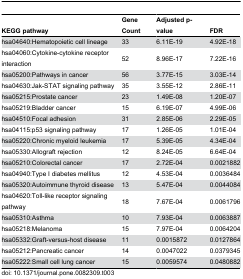
<table><thead><tr><td><b>KEGG pathway</b></td><td><b>Gene Count</b></td><td><b>Adjusted p-value</b></td><td><b>FDR</b></td></tr></thead><tbody><tr><td>hsa04640:Hematopoietic cell lineage</td><td>33</td><td>6.11E-19</td><td>4.92E-18</td></tr><tr><td>hsa04060:Cytokine-cytokine receptor interaction</td><td>52</td><td>8.96E-17</td><td>7.22E-16</td></tr><tr><td>hsa05200:Pathways in cancer</td><td>56</td><td>3.77E-15</td><td>3.03E-14</td></tr><tr><td>hsa04630:Jak-STAT signaling pathway</td><td>35</td><td>3.55E-12</td><td>2.86E-11</td></tr><tr><td>hsa05215:Prostate cancer</td><td>23</td><td>1.49E-08</td><td>1.20E-07</td></tr><tr><td>hsa05219:Bladder cancer</td><td>15</td><td>6.19E-07</td><td>4.99E-06</td></tr><tr><td>hsa04510:Focal adhesion</td><td>31</td><td>2.85E-06</td><td>2.29E-05</td></tr><tr><td>hsa04115:p53 signaling pathway</td><td>17</td><td>1.26E-05</td><td>1.01E-04</td></tr><tr><td>hsa05220:Chronic myeloid leukemia</td><td>17</td><td>5.39E-05</td><td>4.34E-04</td></tr><tr><td>hsa05330:Allograft rejection</td><td>12</td><td>8.24E-05</td><td>6.64E-04</td></tr><tr><td>hsa05210:Colorectal cancer</td><td>17</td><td>2.72E-04</td><td>0.0021882</td></tr><tr><td>hsa04940:Type I diabetes mellitus</td><td>12</td><td>4.53E-04</td><td>0.0036484</td></tr><tr><td>hsa05320:Autoimmune thyroid disease</td><td>13</td><td>5.47E-04</td><td>0.0044084</td></tr><tr><td>hsa04620:Toll-like receptor signaling pathway</td><td>18</td><td>7.67E-04</td><td>0.0061796</td></tr><tr><td>hsa05310:Asthma</td><td>10</td><td>7.93E-04</td><td>0.0063887</td></tr><tr><td>hsa05218:Melanoma</td><td>15</td><td>7.97E-04</td><td>0.0064204</td></tr><tr><td>hsa05332:Graft-versus-host disease</td><td>11</td><td>0.0015872</td><td>0.0127864</td></tr><tr><td>hsa05212:Pancreatic cancer</td><td>14</td><td>0.0047022</td><td>0.0379345</td></tr><tr><td>hsa05222:Small cell lung cancer</td><td>15</td><td>0.0059574</td><td>0.0480882</td></tr></tbody></table>